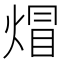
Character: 𤊻